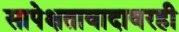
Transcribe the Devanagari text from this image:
सापेक्षतावादावरही